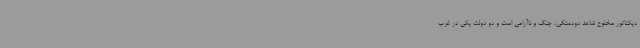
دیکتاتور مخلوع شاهد دودستگی، جنگ و ناآرامی است و دو دولت یکی در غرب